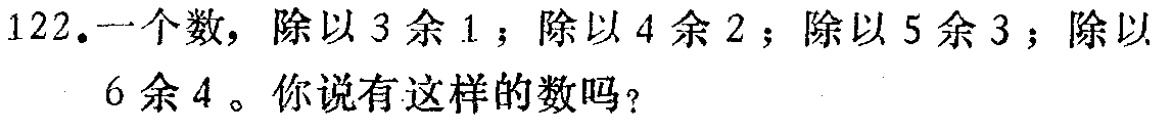
122. 一个数，除以 3 余 1；除以 4 余 2；除以 5 余 3；除以 6 余 4。你说有这样的数吗？